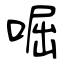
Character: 啒